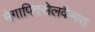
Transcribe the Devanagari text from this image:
मेगापिक्सेलकैमरा